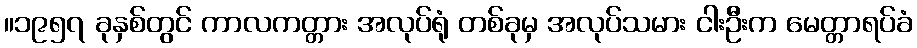
။၁၉၅၇ ခုနှစ်တွင် ကာလကတ္တား အလုပ်ရုံ တစ်ခုမှ အလုပ်သမား ငါးဦးက မေတ္တာရပ်ခံ